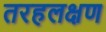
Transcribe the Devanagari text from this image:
तरहलक्षण